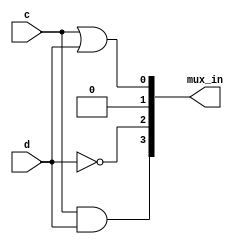
module top_module (
    input c,
    input d,
    output [3:0] mux_in
);
    assign mux_in[0] = c|d;  // 0111
    assign mux_in[1] = 1'b0; // 0000
    assign mux_in[2] = ~d;   // 1001
    assign mux_in[3] = c&d;  // 0010

endmodule